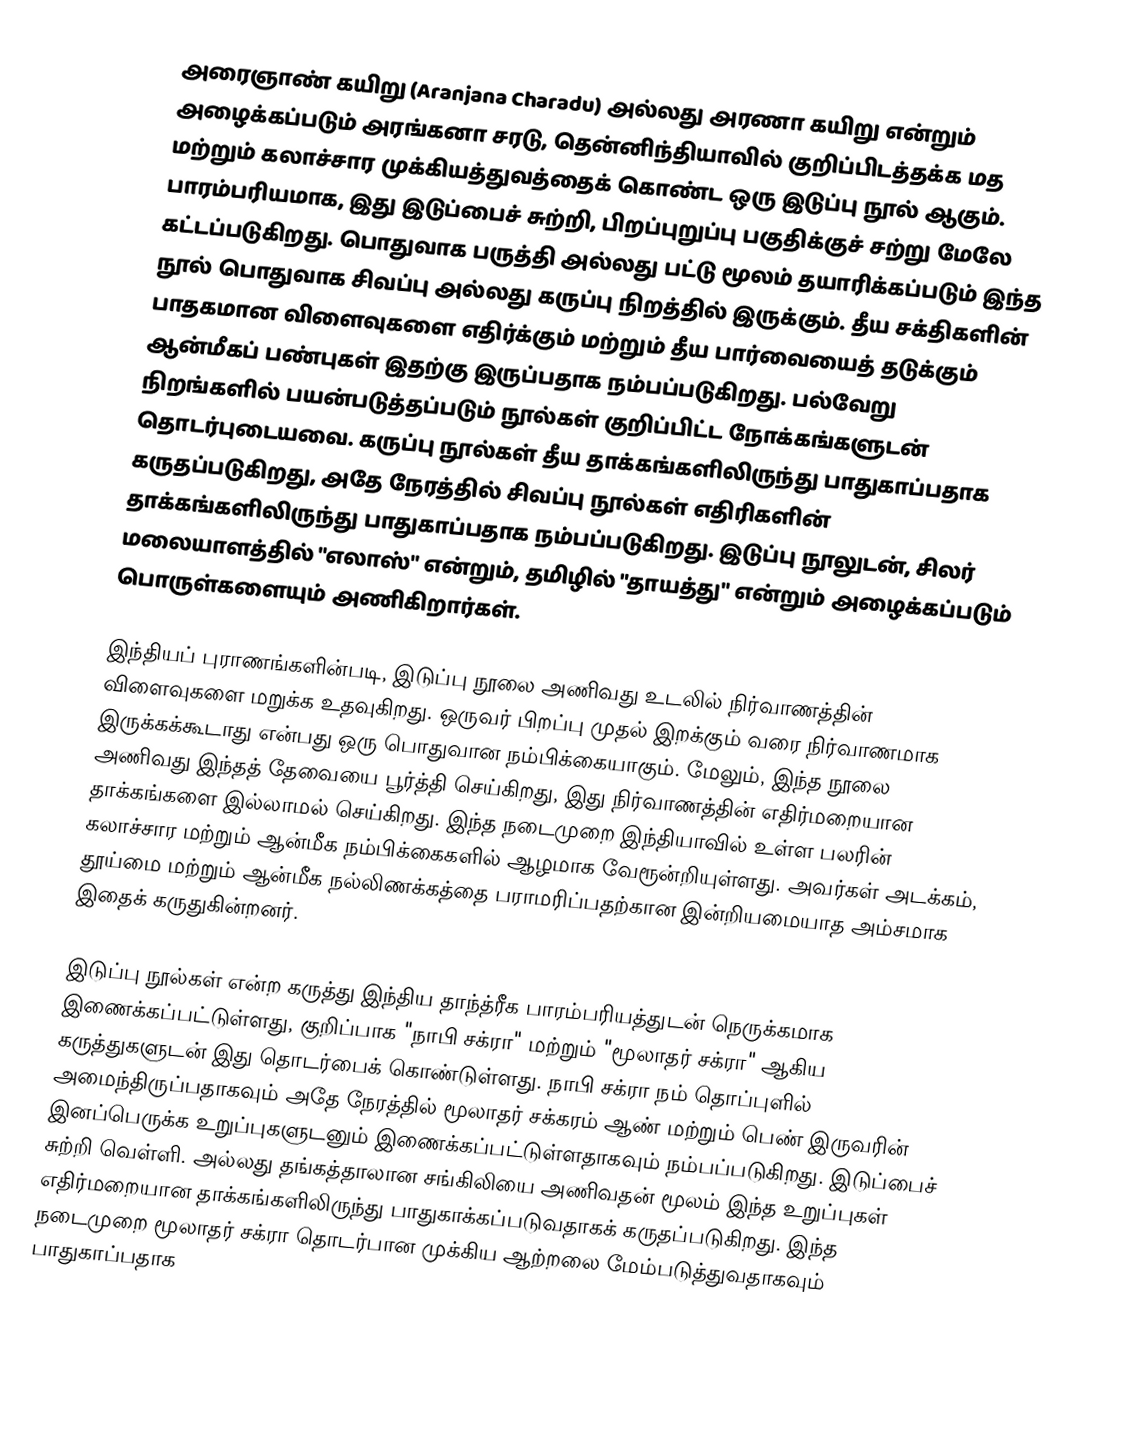
அரைஞாண் கயிறு (Aranjana Charadu) அல்லது அரணா கயிறு என்றும் அழைக்கப்படும் அரங்கனா சரடு,  தென்னிந்தியாவில் குறிப்பிடத்தக்க மத மற்றும் கலாச்சார முக்கியத்துவத்தைக் கொண்ட ஒரு இடுப்பு நூல் ஆகும். பாரம்பரியமாக, இது இடுப்பைச் சுற்றி, பிறப்புறுப்பு பகுதிக்குச் சற்று மேலே கட்டப்படுகிறது. பொதுவாக பருத்தி அல்லது பட்டு மூலம் தயாரிக்கப்படும் இந்த நூல் பொதுவாக சிவப்பு அல்லது கருப்பு நிறத்தில் இருக்கும். தீய சக்திகளின் பாதகமான விளைவுகளை எதிர்க்கும் மற்றும் தீய பார்வையைத் தடுக்கும் ஆன்மீகப் பண்புகள் இதற்கு இருப்பதாக நம்பப்படுகிறது. பல்வேறு நிறங்களில் பயன்படுத்தப்படும் நூல்கள் குறிப்பிட்ட நோக்கங்களுடன் தொடர்புடையவை. கருப்பு நூல்கள் தீய தாக்கங்களிலிருந்து பாதுகாப்பதாக கருதப்படுகிறது, அதே நேரத்தில் சிவப்பு நூல்கள் எதிரிகளின் தாக்கங்களிலிருந்து பாதுகாப்பதாக நம்பப்படுகிறது. இடுப்பு நூலுடன், சிலர் மலையாளத்தில் "எலாஸ்" என்றும், தமிழில் "தாயத்து"  என்றும் அழைக்கப்படும் பொருள்களையும் அணிகிறார்கள்.

இந்தியப் புராணங்களின்படி, இடுப்பு நூலை அணிவது உடலில் நிர்வாணத்தின் விளைவுகளை மறுக்க உதவுகிறது. ஒருவர் பிறப்பு முதல் இறக்கும் வரை நிர்வாணமாக இருக்கக்கூடாது என்பது ஒரு பொதுவான நம்பிக்கையாகும். மேலும், இந்த நூலை அணிவது இந்தத் தேவையை பூர்த்தி செய்கிறது, இது நிர்வாணத்தின் எதிர்மறையான தாக்கங்களை இல்லாமல் செய்கிறது.  இந்த நடைமுறை இந்தியாவில் உள்ள பலரின் கலாச்சார மற்றும் ஆன்மீக நம்பிக்கைகளில் ஆழமாக வேரூன்றியுள்ளது. அவர்கள் அடக்கம், தூய்மை மற்றும் ஆன்மீக நல்லிணக்கத்தை பராமரிப்பதற்கான இன்றியமையாத அம்சமாக இதைக் கருதுகின்றனர்.

இடுப்பு நூல்கள் என்ற கருத்து இந்திய தாந்த்ரீக பாரம்பரியத்துடன் நெருக்கமாக இணைக்கப்பட்டுள்ளது, குறிப்பாக "நாபி சக்ரா" மற்றும் "மூலாதர் சக்ரா" ஆகிய கருத்துகளுடன் இது தொடர்பைக் கொண்டுள்ளது. நாபி சக்ரா நம் தொப்புளில் அமைந்திருப்பதாகவும் அதே நேரத்தில் மூலாதர் சக்கரம் ஆண் மற்றும் பெண் இருவரின் இனப்பெருக்க உறுப்புகளுடனும் இணைக்கப்பட்டுள்ளதாகவும் நம்பப்படுகிறது. இடுப்பைச் சுற்றி வெள்ளி. அல்லது தங்கத்தாலான சங்கிலியை அணிவதன் மூலம் இந்த உறுப்புகள் எதிர்மறையான தாக்கங்களிலிருந்து பாதுகாக்கப்படுவதாகக் கருதப்படுகிறது. இந்த நடைமுறை மூலாதர் சக்ரா தொடர்பான முக்கிய ஆற்றலை மேம்படுத்துவதாகவும் பாதுகாப்பதாக